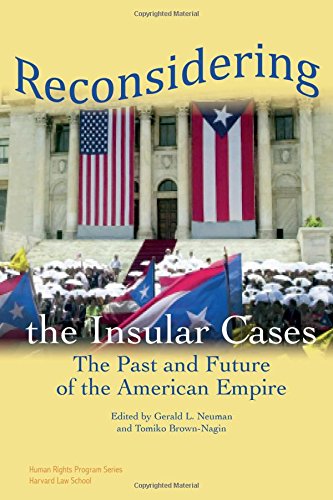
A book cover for Reconsidering the Insular Cases: The Past and Future of the American Empire (Human Rights Program Series); Law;